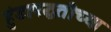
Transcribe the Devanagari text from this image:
हुंडापद्धतीच्या